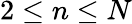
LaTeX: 2\leq n\leq N